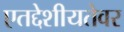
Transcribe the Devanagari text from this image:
एतद्देशीयतेवर